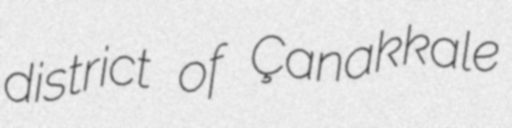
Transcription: district of Çanakkale